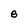
Character: 8